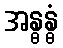
အန္ဓန္ဓံ